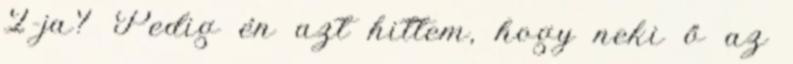
2-ja? Pedig én azt hittem, hogy neki ő az